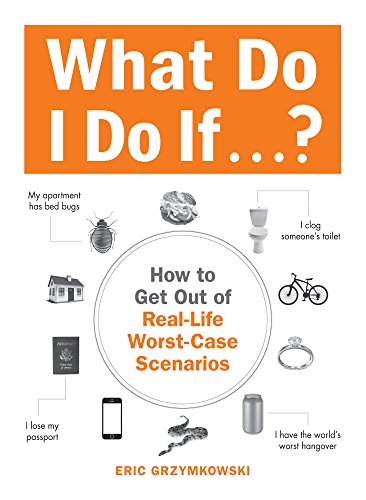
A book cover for What Do I Do If...?: How to Get Out of Real-Life Worst-Case Scenarios; Eric Grzymkowski; Science & Math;